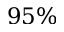
9 5 \%